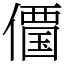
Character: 𠏹